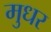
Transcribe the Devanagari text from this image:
मुधर